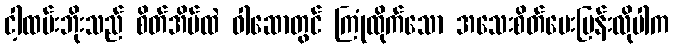
ငါ့ထမ်းဘိုးသည် စိတ်အိမ်ထဲ ဝါဆောတွင် ကြုံထိုက်သော အသေးစိတ်မေးမြန်းလိုပါက